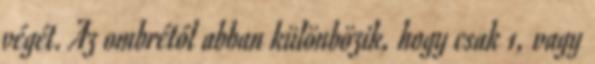
végét. Az ombrétól abban különbözik, hogy csak 1, vagy